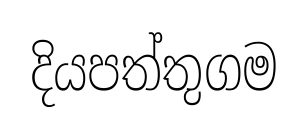
දියපත්තුගම